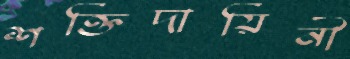
শক্তিদায়িনী